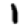
Digit: 1